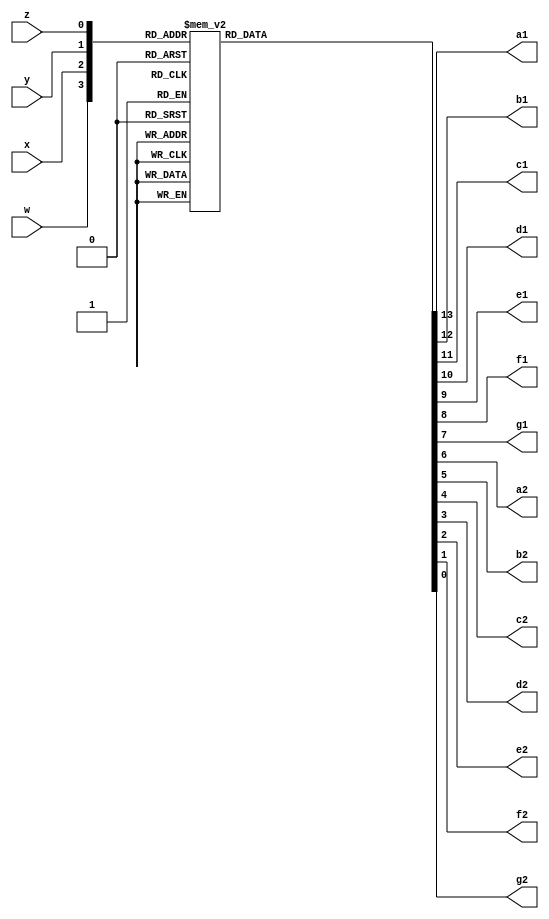
//Rolando Rosales 1001850424 - 4 bit binary to seven segment dec
	module sevensegdec (
	input w, x, y, z,
	output reg a1, b1, c1, d1, e1, f1, g1, a2, b2, c2, d2, e2, f2, g2);
	always @ (w, x, y, z) begin
		case ({w, x, y, z})
			4'b0000: {a1, b1, c1, d1, e1, f1, g1, a2, b2, c2, d2, e2, f2, g2} = 14'b11111110000001; //0
			4'b0001: {a1, b1, c1, d1, e1, f1, g1, a2, b2, c2, d2, e2, f2, g2} = 14'b11111111001111; //1
			4'b0010: {a1, b1, c1, d1, e1, f1, g1, a2, b2, c2, d2, e2, f2, g2} = 14'b11111110010010; //2
			4'b0011: {a1, b1, c1, d1, e1, f1, g1, a2, b2, c2, d2, e2, f2, g2} = 14'b11111110000110; //3
			4'b0100: {a1, b1, c1, d1, e1, f1, g1, a2, b2, c2, d2, e2, f2, g2} = 14'b11111111001100; //4
			4'b0101: {a1, b1, c1, d1, e1, f1, g1, a2, b2, c2, d2, e2, f2, g2} = 14'b11111110100100; //5
			4'b0110: {a1, b1, c1, d1, e1, f1, g1, a2, b2, c2, d2, e2, f2, g2} = 14'b11111110100000; //6
			4'b0111: {a1, b1, c1, d1, e1, f1, g1, a2, b2, c2, d2, e2, f2, g2} = 14'b11111110001111; //7
			4'b1000: {a1, b1, c1, d1, e1, f1, g1, a2, b2, c2, d2, e2, f2, g2} = 14'b11111100000000; //-8
			4'b1001: {a1, b1, c1, d1, e1, f1, g1, a2, b2, c2, d2, e2, f2, g2} = 14'b11111100001111; //-7
			4'b1010: {a1, b1, c1, d1, e1, f1, g1, a2, b2, c2, d2, e2, f2, g2} = 14'b11111100100000; //-6
			4'b1011: {a1, b1, c1, d1, e1, f1, g1, a2, b2, c2, d2, e2, f2, g2} = 14'b11111100100100; //-5
			4'b1100: {a1, b1, c1, d1, e1, f1, g1, a2, b2, c2, d2, e2, f2, g2} = 14'b11111101001100; //-4
			4'b1101: {a1, b1, c1, d1, e1, f1, g1, a2, b2, c2, d2, e2, f2, g2} = 14'b11111100000110; //-3
			4'b1110: {a1, b1, c1, d1, e1, f1, g1, a2, b2, c2, d2, e2, f2, g2} = 14'b11111100010010; //-2
			4'b1111: {a1, b1, c1, d1, e1, f1, g1, a2, b2, c2, d2, e2, f2, g2} = 14'b11111101001111; //-1
		endcase
	end
endmodule